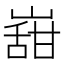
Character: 𭗌